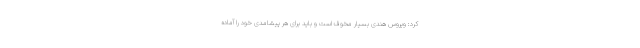
کرد: ویروس هندی بسیار مخوف است و باید برای هر پیشامدی خود را آماده